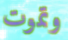
وتموت